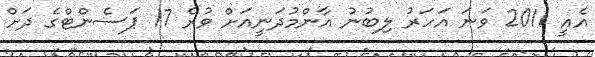
އެއީ 2011 ވަނަ އަހަރު ލިބުނު އާންމުދަނީއަށް ވުރެ 17 ޕަސެންޓްގެ ދަށް